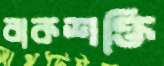
বাকশক্তি